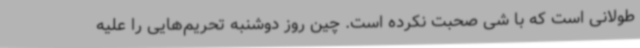
طولانی است که با شی صحبت نکرده است. چین روز دوشنبه تحریم‌هایی را علیه